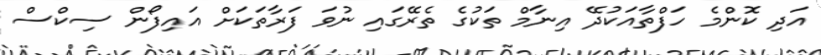
އަދި ކޮންމެ ހަފްތާއަކުދޭ އިނާމް ތަކުގެ ތެރޭގައި ނުވަ ފަރާތަކަށް އައިފޯން ސިކްސް